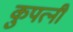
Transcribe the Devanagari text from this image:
कुपत्नी